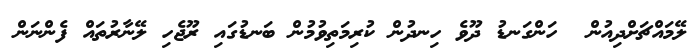
ލޭމައްޗަށްދިއުން  ހަންގަނޑު ދޫވެ ހިނދުން ކުރިމަތިވުމުން ބަނޑުގައި ރޫޖެހި ލޭނާރުތައް ފެންނަން